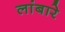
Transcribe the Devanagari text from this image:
लांबारे